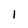
Character: l